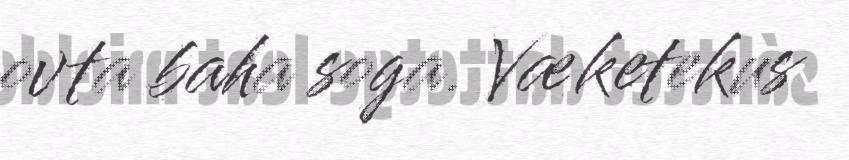
ovta baha soga. Væketekus